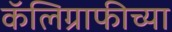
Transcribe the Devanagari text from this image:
कॅलिग्राफीच्या